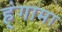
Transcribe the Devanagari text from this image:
ह्ंगामा